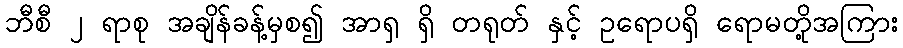
ဘီစီ ၂ ရာစု အချိန်ခန့်မှစ၍ အာရှ ရှိ တရုတ် နှင့် ဥရောပရှိ ရောမတို့အကြား